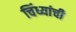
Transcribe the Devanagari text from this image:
चिंध्यांची